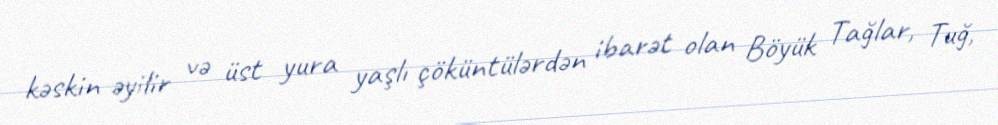
kəskin əyilir və üst yura yaşlı çöküntülərdən ibarət olan Böyük Tağlar, Tuğ,